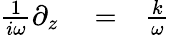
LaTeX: \begin{array}{rlr}{\frac{1}{i\omega}\partial_{z}}&{{}=}&{\frac{k}{\omega}}\end{array}